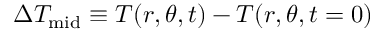
\Delta T _ { \mathrm { m i d } } \equiv { T ( r , \theta , t ) - T ( r , \theta , t = 0 ) }